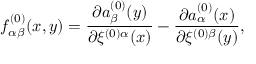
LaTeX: f _ { \alpha \beta } ^ { ( 0 ) } ( x , y ) = \frac { \partial a _ { \beta } ^ { ( 0 ) } ( y ) } { \partial \xi ^ { ( 0 ) \alpha } ( x ) } - \frac { \partial a _ { \alpha } ^ { ( 0 ) } ( x ) } { \partial \xi ^ { ( 0 ) \beta } ( y ) } ,